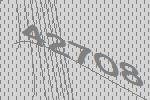
42708